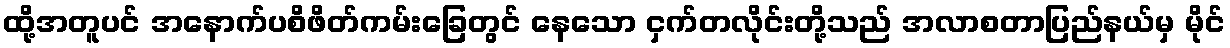
ထို့အတူပင် အနောက်ပစိဖိတ်ကမ်းခြေတွင် နေသော ငှက်တလိုင်းတို့သည် အလာစတာပြည်နယ်မှ မိုင်